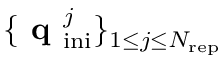
\lbrace \textbf { q } _ { \mathrm { i n i } } ^ { j } \rbrace _ { 1 \leq j \leq N _ { \mathrm { r e p } } }